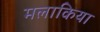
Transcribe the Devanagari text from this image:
मलाकिया